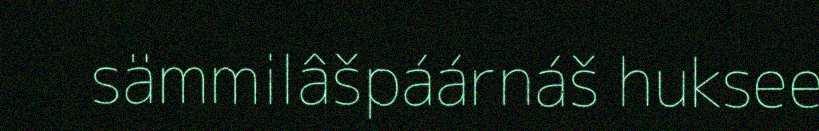
sämmilâšpáárnáš huksee